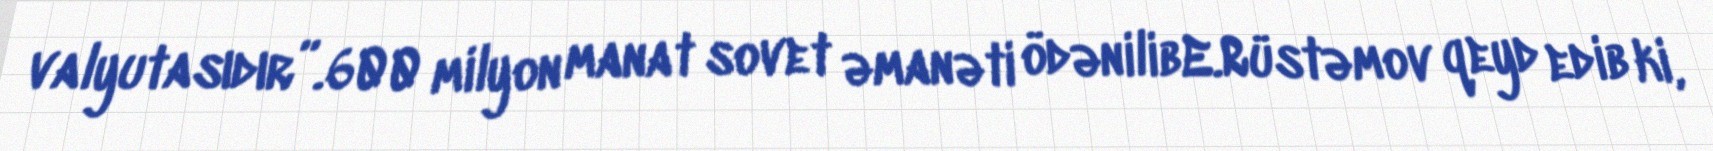
valyutasıdır”.600 milyon manat sovet əmanəti ödənilibE.Rüstəmov qeyd edib ki,